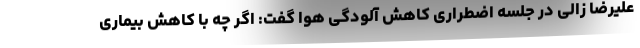
علیرضا زالی در جلسه اضطراری کاهش آلودگی هوا گفت: اگر چه با کاهش بیماری